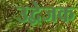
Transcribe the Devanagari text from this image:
उद्वेजक